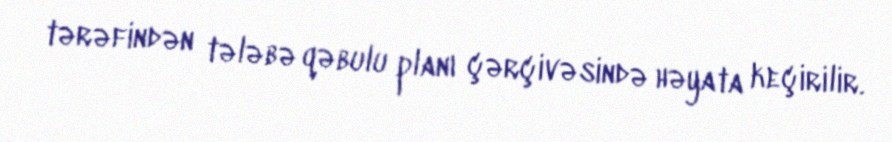
tərəfindən tələbə qəbulu planı çərçivəsində həyata keçirilir.